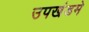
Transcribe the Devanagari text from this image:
उपखंडमे